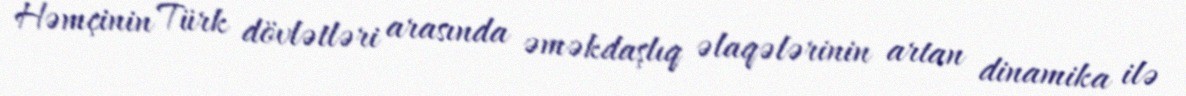
Həmçinin Türk dövlətləri arasında əməkdaşlıq əlaqələrinin artan dinamika ilə